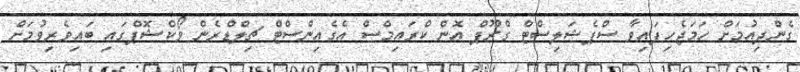
ގެންދިއުމަށް ހަމަޖެހިފައިވާ ސްޕެޝަލިސްޓް ގްރޫޕް އޮން ކްރައިމްސް އެގެއިންސްޓް ޗިލްޑްރެން ވޯކްޝޮޕްގައި ބައިވެރިވުމަށް